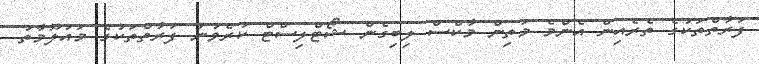
ފަރާތްތަކުގެ ތެރެއިން އެންމެ މަތިން މާކްސް ލިބިގެން ޝޯޓްލިސްޓް ކުރެވުނު ފަރާތްތަކުގެ މައުލޫމާތު